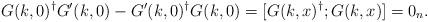
LaTeX: \begin{align*} G(k,0)^\dag G'(k,0)-G'(k,0)^\dag G(k,0)=[G(k,x)^\dag;G(k,x)]=0_n.\end{align*}